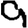
Digit: 9